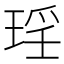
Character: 𭹠